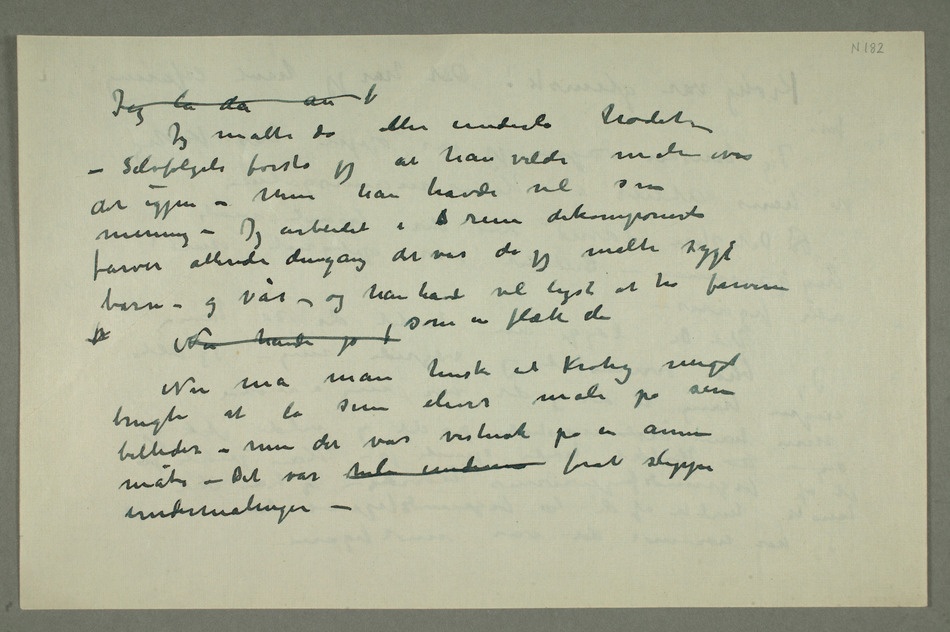
Jeg la da an b
Jeg malte da eller underla hodet
– Selvfølgeli forsto jeg at han vilde male over det igjen
– Men han havde vel sin
mening – Jeg arbeidet i b rene dekomponerte
farver allerede dengang det var da jeg malte sygt
barn – og vår – og han havde vel lyst at ha farverne
Nu må man huske at Krohg meget
brugte at la sine elever male på sine
billeder – men det var visstnok på en annen
måte – Det var  underm forat slippe
undermalingen –